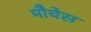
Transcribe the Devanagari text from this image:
मौचेस